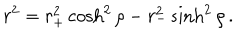
r ^ { 2 } = r _ { + } ^ { 2 } \cosh ^ { 2 } \rho - r _ { - } ^ { 2 } \sinh ^ { 2 } \rho \, .